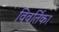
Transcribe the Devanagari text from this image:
विवर्तिका